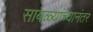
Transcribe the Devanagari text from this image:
साबळ्यांच्यानंतर